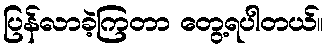
ပြန်လာခဲ့ကြတာ တွေ့ရပါတယ်။